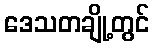
ဒေသတချို့တွင်